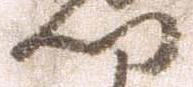
門